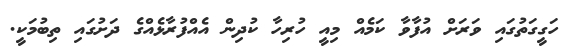
ހަގީގަތުގައި ވަރަށް އުފާވާ ކަމެއް މިއީ ހުރިހާ ކުދިން އެއްފުރާޅެއްގެ ދަށުގައި ތިބުމަކީ.